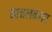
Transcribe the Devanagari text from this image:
नानलनगर